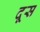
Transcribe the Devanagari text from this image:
दूस